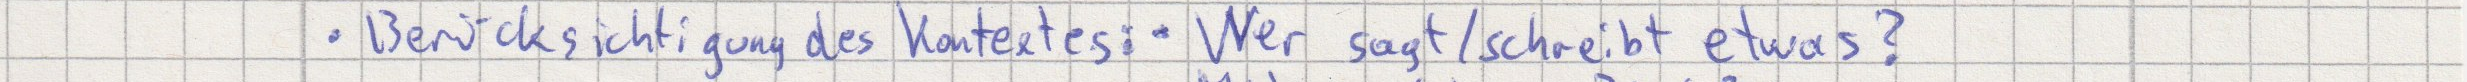
Berücksichtigung des Kontextes: Wer sagt / schreibt etwas?